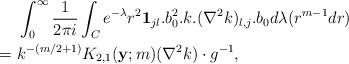
LaTeX: \begin{align*} & \,\, \int_0^\infty \frac{1}{2 \pi i} \int_C e^{-\lambda} r^2 \mathbf 1_{j l}. b_0^2.k.(\nabla^2 k)_{l,j}.b_0 d\lambda (r^{m-1} dr) \\ = & \,\, k^{-(m/2+1)} K_{2,1}(\mathbf y;m)(\nabla^2 k) \cdot g^{-1}, \end{align*}